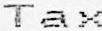
TAX